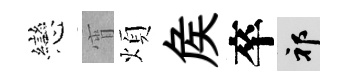
戀宵煩矦卒祁